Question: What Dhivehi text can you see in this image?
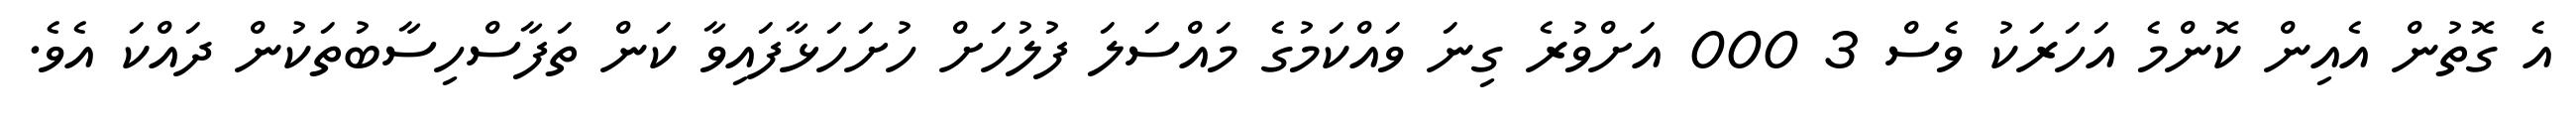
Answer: އެ ގޮތުން އެއިން ކޮންމެ އަހަރަކު ވެސް 3 000 އަށްވުރެ ގިނަ ވައްކަމުގެ މައްސަލަ ފުލުހަށް ހުށަހަޅާފައިވާ ކަން ތަފާސްހިސާބުތަކުން ދައްކަ އެވެ.